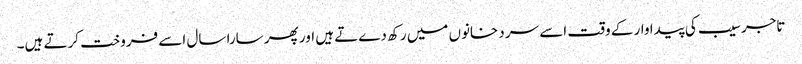
تاجر سیب کی پیدا وار کے وقت اسے سر دخانوں میں رکھ دےتے ہیں اور پھر سارا سال اسے فروخت کرتے ہیں۔